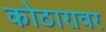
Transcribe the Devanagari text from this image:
कोठारावर